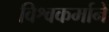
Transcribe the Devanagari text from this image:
विश्वकर्माने